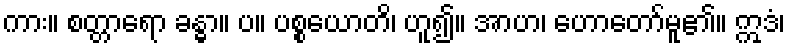
ကား။ စတ္တာရော ခန္ဓာ။ ပ။ ပစ္စယောတိ၊ ဟူ၍။ အာဟ၊ ဟောတော်မူ၏။ ဣဒံ၊